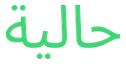
حالية